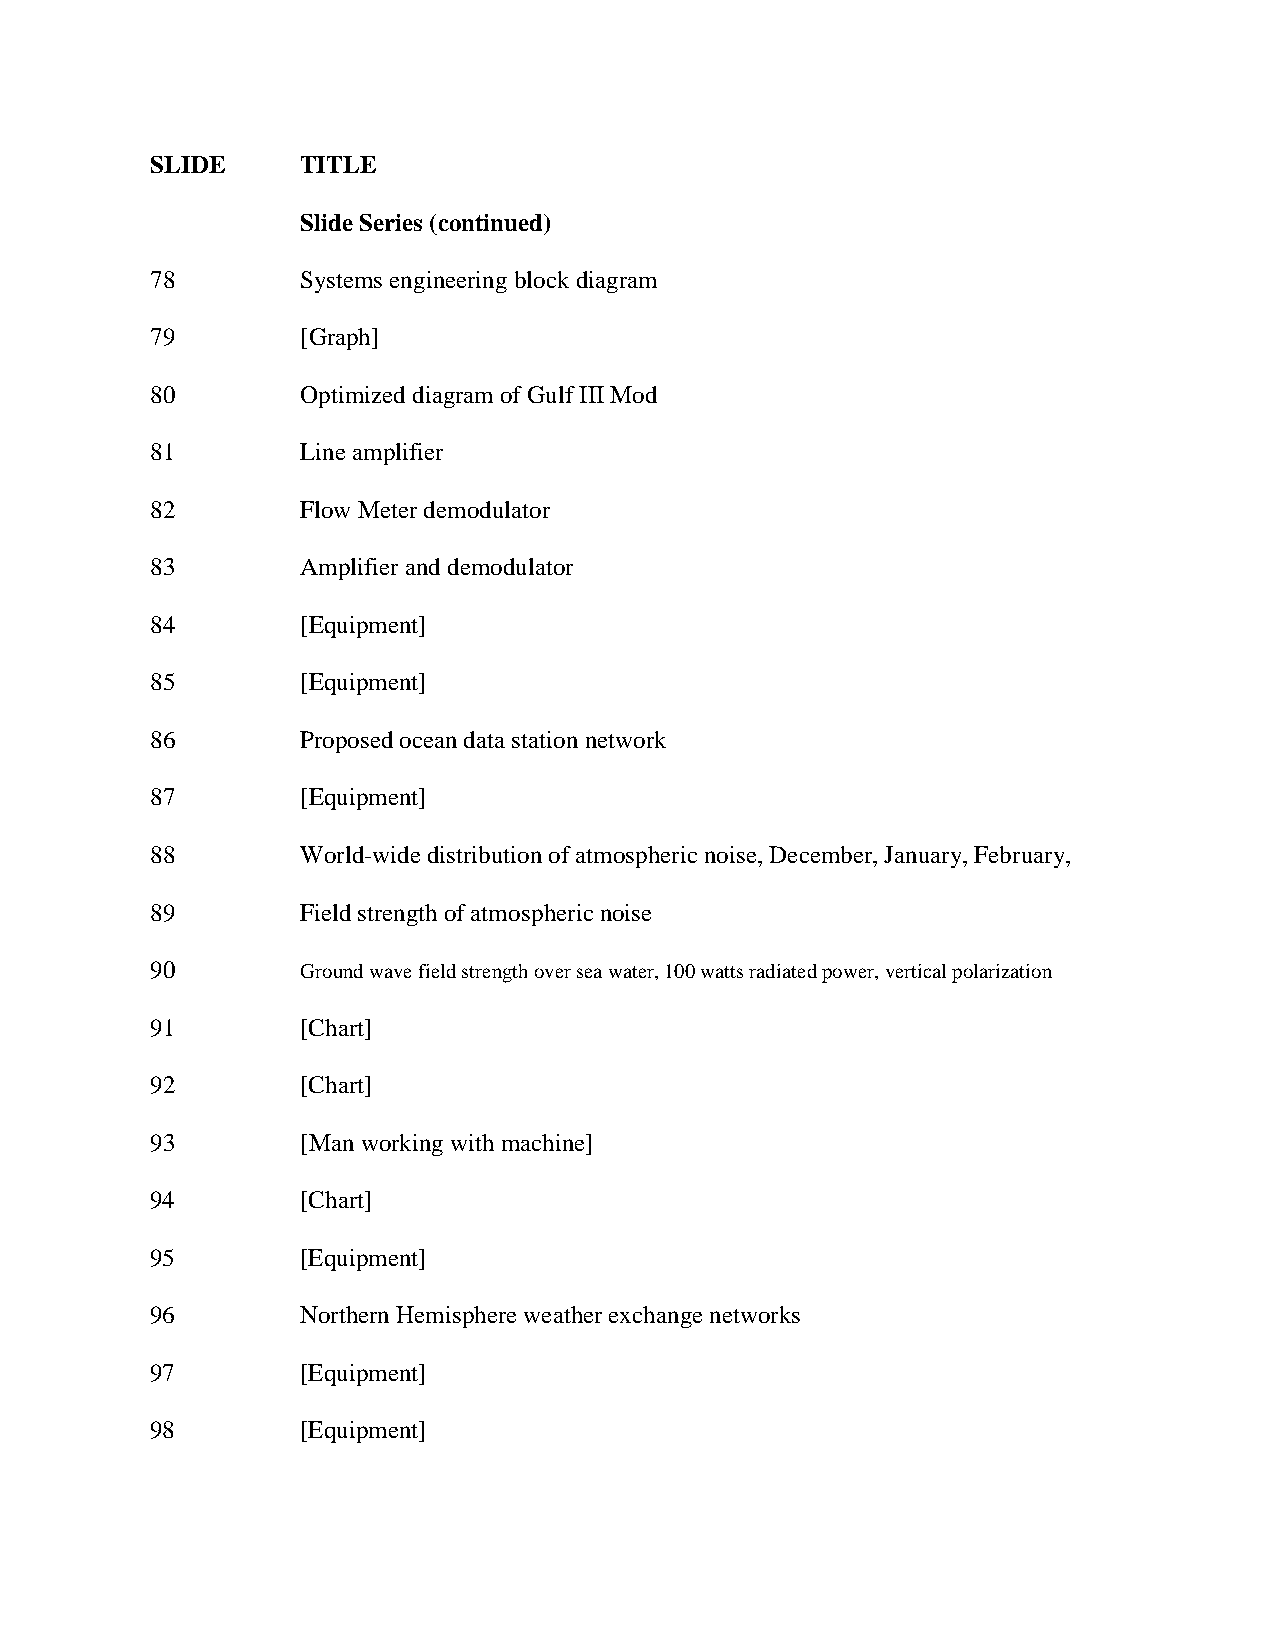
SLIDE     TITLE
 Slide Series (continued)
 78        Systems engineering block diagram
 79        [Graph]
 80        Optimized diagram of Gulf III Mod
 81        Line amplifier
 82        Flow Meter demodulator
 83        Amplifier and demodulator
 84        [Equipment]
 85        [Equipment]
 86        Proposed ocean data station network
 87        [Equipment]
 88        World-wide distribution of atmospheric noise, December, January, February,
 89        Field strength of atmospheric noise
 90        Ground wave field strength over sea water, 100 watts radiated power, vertical polarization
 91        [Chart]
 92        [Chart]
 93        [Man working with machine]
 94        [Chart]
 95        [Equipment]
 96        Northern Hemisphere weather exchange networks
 97        [Equipment]
 98        [Equipment]